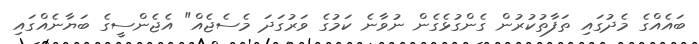
ބައެއްގެ މެދުގައި ތަފާތުކުރުން ގެންގުޅެގެން ނުވާނެ ކަމުގެ ވަރުގަދަ މެސެޖެއް" އެޖެންސީގެ ބަޔާނެއްގައި